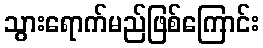
သွားရောက်မည်ဖြစ်ကြောင်း